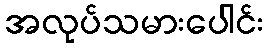
အလုပ်သမားပေါင်း